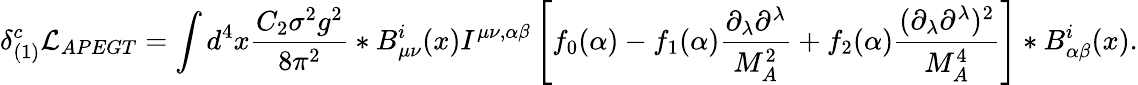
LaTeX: \delta_{(1)}^{c}{\cal L}_{APEGT}=\int d^{4}x{\frac{C_{2}\sigma^{2}g^{2}}{8\pi^{2}}}*B_{\mu\nu}^{i}(x)I^{\mu\nu,\alpha\beta}\left[f_{0}(\alpha)-f_{1}(\alpha){\frac{\partial_{\lambda}\partial^{\lambda}}{M_{A}^{2}}}+f_{2}(\alpha){\frac{(\partial_{\lambda}\partial^{\lambda})^{2}}{M_{A}^{4}}}\right]*B_{\alpha\beta}^{i}(x).